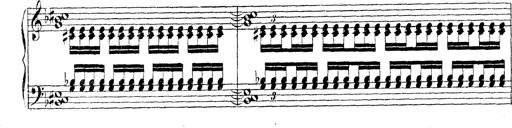
Title: Technische Studien
Composer: Franz Liszt